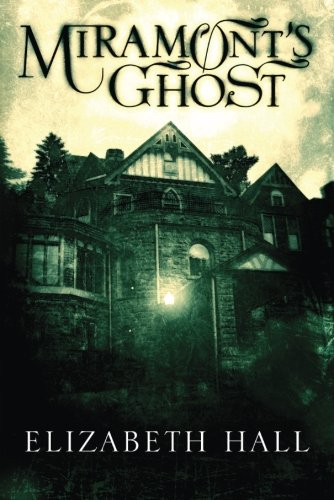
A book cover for Miramont's Ghost; Elizabeth Hall; Literature & Fiction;